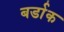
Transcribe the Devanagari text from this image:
बर्डाक